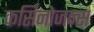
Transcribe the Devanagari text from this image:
कर्सिनोजन्स